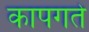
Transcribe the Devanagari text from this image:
कापगते